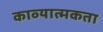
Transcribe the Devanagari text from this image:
काव्‍यात्‍मकता